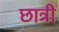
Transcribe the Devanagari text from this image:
छात्री